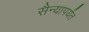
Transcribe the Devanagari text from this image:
सैन्यापर्यंत